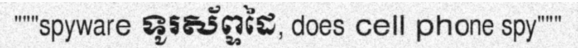
"""spyware ទូរស័ព្ទដៃ, does cell phone spy"""